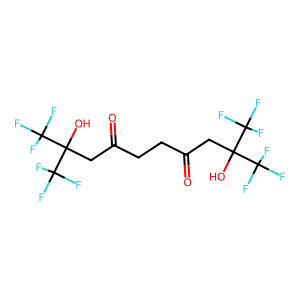
SMILES: O=C(CCC(=O)CC(O)(C(F)(F)F)C(F)(F)F)CC(O)(C(F)(F)F)C(F)(F)F
Inhibits HIV replication: No